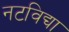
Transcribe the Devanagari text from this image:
नटविद्या